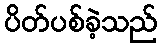
ပိတ်ပစ်ခဲ့သည်